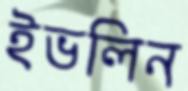
ইভলিন